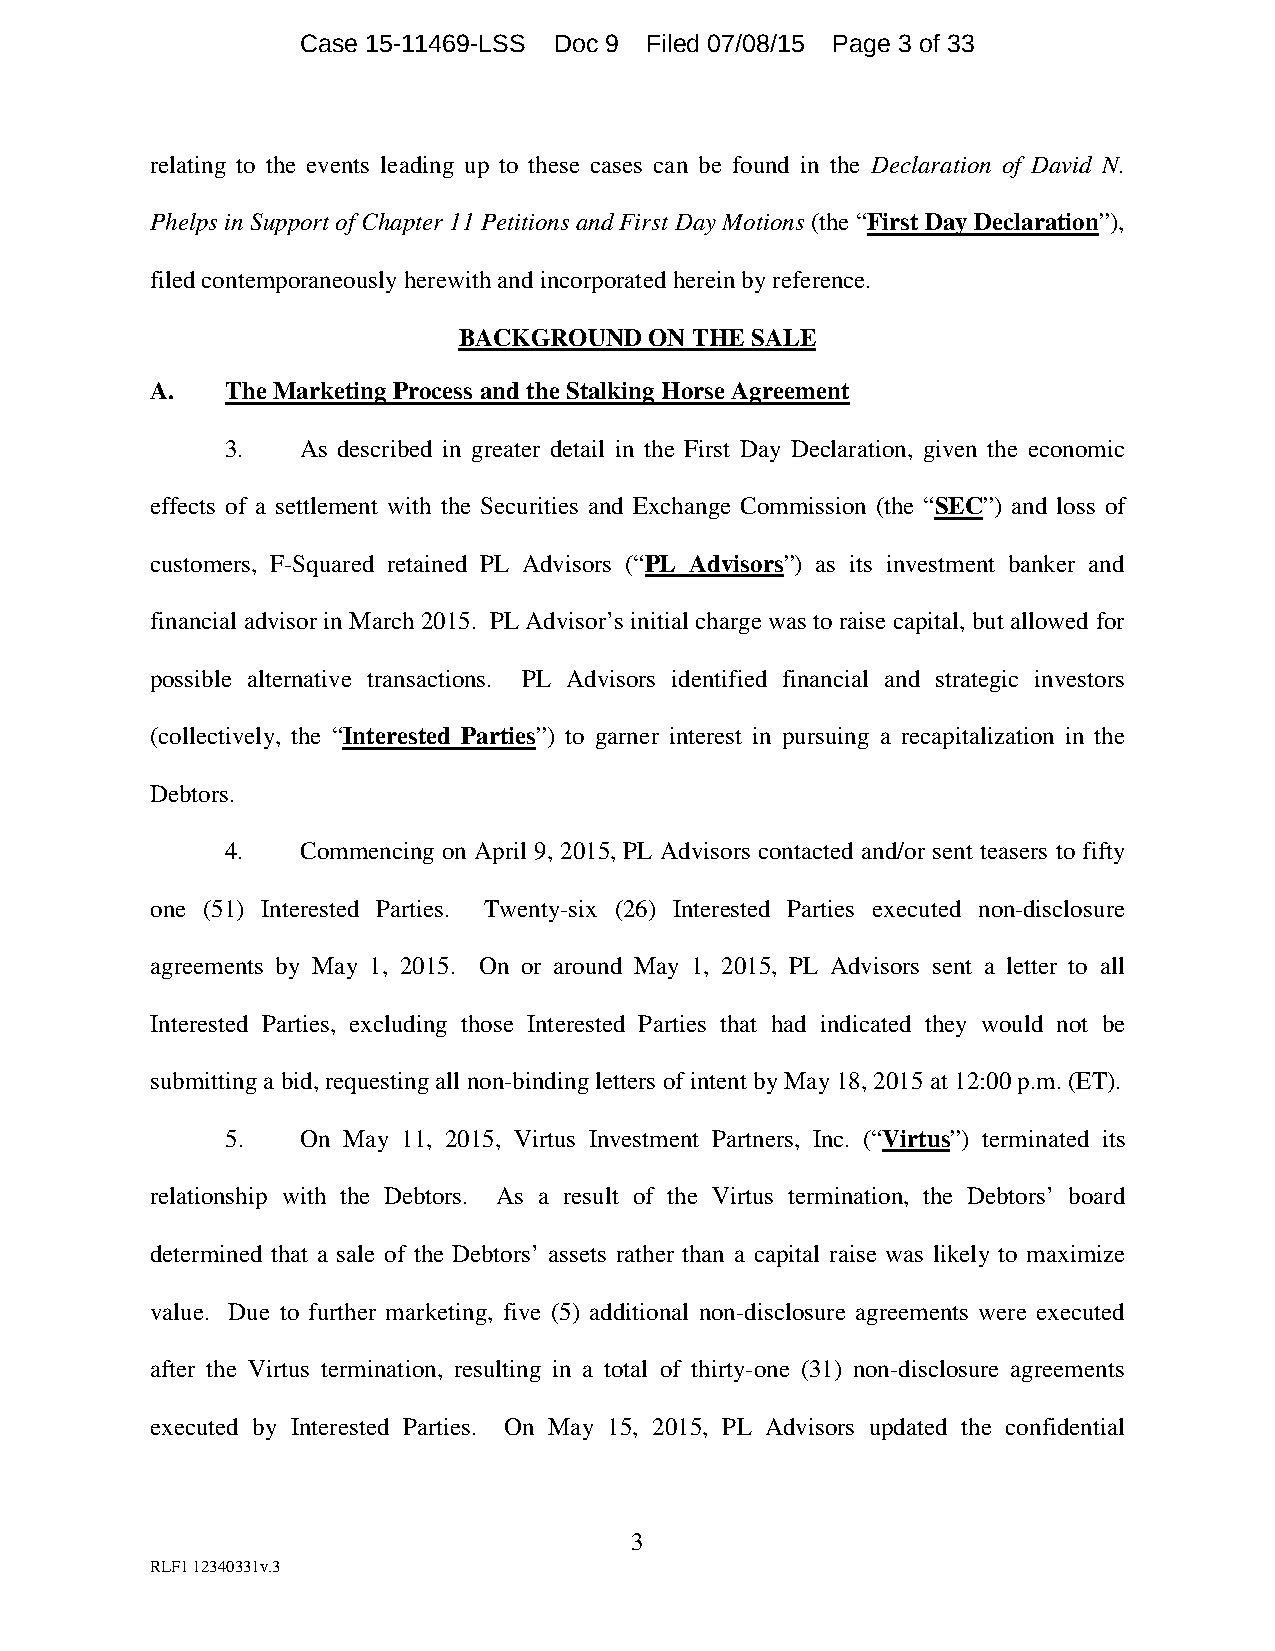
Case 15-11469-LSS Doc 9 Filed 07/08/15 Page 3 of 33
 relating to the events leading up to these cases can be found in the Declaration of David N.
 Phelps in Support of Chapter 11 Petitions and First Day Motions (the “First Day Declaration”),
 filed contemporaneously herewith and incorporated herein by reference.
 BACKGROUND   ON THE SALE
 A.   The Marketing Process and the Stalking Horse Agreement
 3.   As described in greater detail in the First Day Declaration, given the economic
 effects of a settlement with the Securities and Exchange Commission (the “SEC”) and loss of
 customers, F-Squared retained PL Advisors (“PL Advisors”) as its investment banker and
 financial advisor in March 2015. PL Advisor’s initial charge was to raise capital, but allowed for
 possible alternative transactions. PL Advisors identified financial and strategic investors
 (collectively, the “Interested Parties”) to garner interest in pursuing a recapitalization in the
 Debtors.
 4.   Commencing on April 9, 2015, PL Advisors contacted and/or sent teasers to fifty
 one (51) Interested Parties. Twenty-six (26) Interested Parties executed non-disclosure
 agreements by May 1, 2015. On or around May 1, 2015, PL Advisors sent a letter to all
 Interested Parties, excluding those Interested Parties that had indicated they would not be
 submitting a bid, requesting all non-binding letters of intent by May 18, 2015 at 12:00 p.m. (ET).
 5.   On May 11, 2015, Virtus Investment Partners, Inc. (“Virtus”) terminated its
 relationship with the Debtors. As a result of the Virtus termination, the Debtors’ board
 determined that a sale of the Debtors’ assets rather than a capital raise was likely to maximize
 value. Due to further marketing, five (5) additional non-disclosure agreements were executed
 after the Virtus termination, resulting in a total of thirty-one (31) non-disclosure agreements
 executed by Interested Parties. On May 15, 2015, PL Advisors updated the confidential
 3
 RLF1 12340331v.3